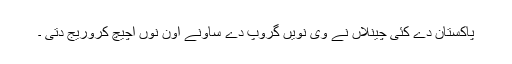
پاکستان دے کئی چینلاں نے وی نویں گروپ دے ساونے آون نوں اچیچ کروریج دتی ۔